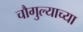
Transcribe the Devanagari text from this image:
चौगुल्याच्या